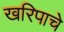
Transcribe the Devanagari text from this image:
खरिपाचे